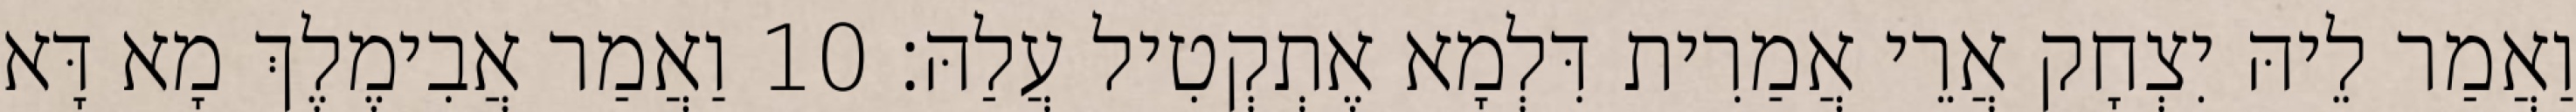
וַאֲמַר לֵיהּ יִצְחָק אֲרֵי אֲמַרִית דִּלְמָא אֶתְקְטִיל עֲלַהּ׃ 10 וַאֲמַר אֲבִימֶלֶךְ מָא דָּא